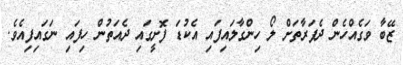
ޒޭބާ ވަގެއްހެން ދެފަރާތަށް ލޯ ހިންގާލައިފައި އެކުޑަ ފޮށީގައި ދެއަތުން ހިފައި ނަގައިފިއެވެ.